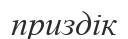
приздік